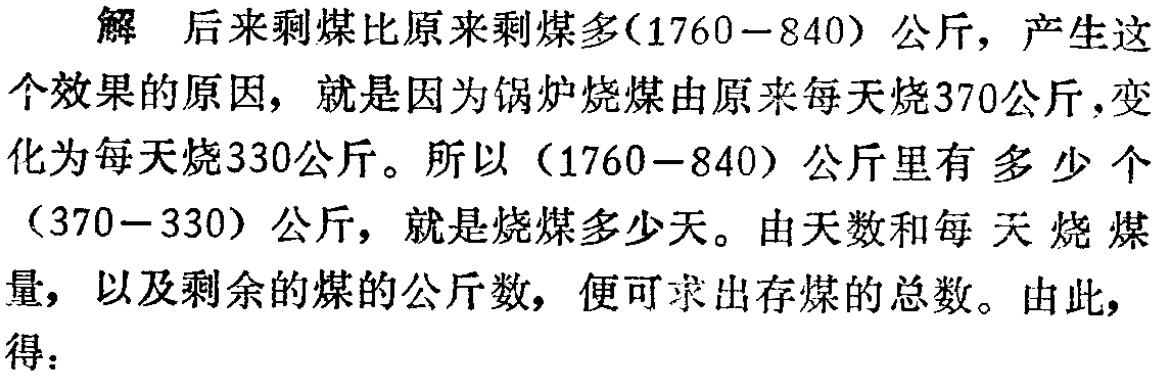
解 后来剩煤比原来剩煤多\((1760 - 840)\)公斤，产生这个效果的原因，就是因为锅炉烧煤由原来每天烧\(370\)公斤，变化为每天烧\(330\)公斤。所以\((1760 - 840)\)公斤里有多少个\((370 - 330)\)公斤，就是烧煤多少天。由天数和每天烧煤量，以及剩余的煤的公斤数，便可求出存煤的总数。由此，得：